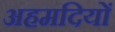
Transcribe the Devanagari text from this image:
अहमदियों